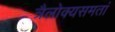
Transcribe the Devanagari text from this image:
त्रैलोक्यसमतां